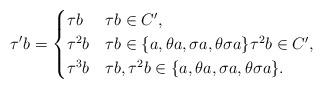
LaTeX: \begin{align*}\tau'b=\begin{cases}\tau b & \tau b\in C',\\\tau^2 b & \tau b\in \{a,\theta a,\sigma a,\theta\sigma a\} \tau^2b\in C',\\\tau^3 b & \tau b,\tau^2 b\in \{a,\theta a,\sigma a,\theta\sigma a\}.\\\end{cases}\end{align*}